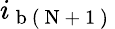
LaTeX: i_{\mathrm{~b~(~N~+~1~)~}}